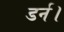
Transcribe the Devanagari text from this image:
डर्न।